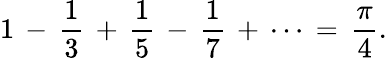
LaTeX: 1\, -\, {\frac{1}{3}}\, +\, {\frac{1}{5}}\, -\, {\frac{1}{7}}\, +\, \cdots\, =\, {\frac{\pi}{4}}.